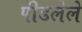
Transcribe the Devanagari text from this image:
पीडलेले